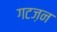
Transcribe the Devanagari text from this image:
गटज़न